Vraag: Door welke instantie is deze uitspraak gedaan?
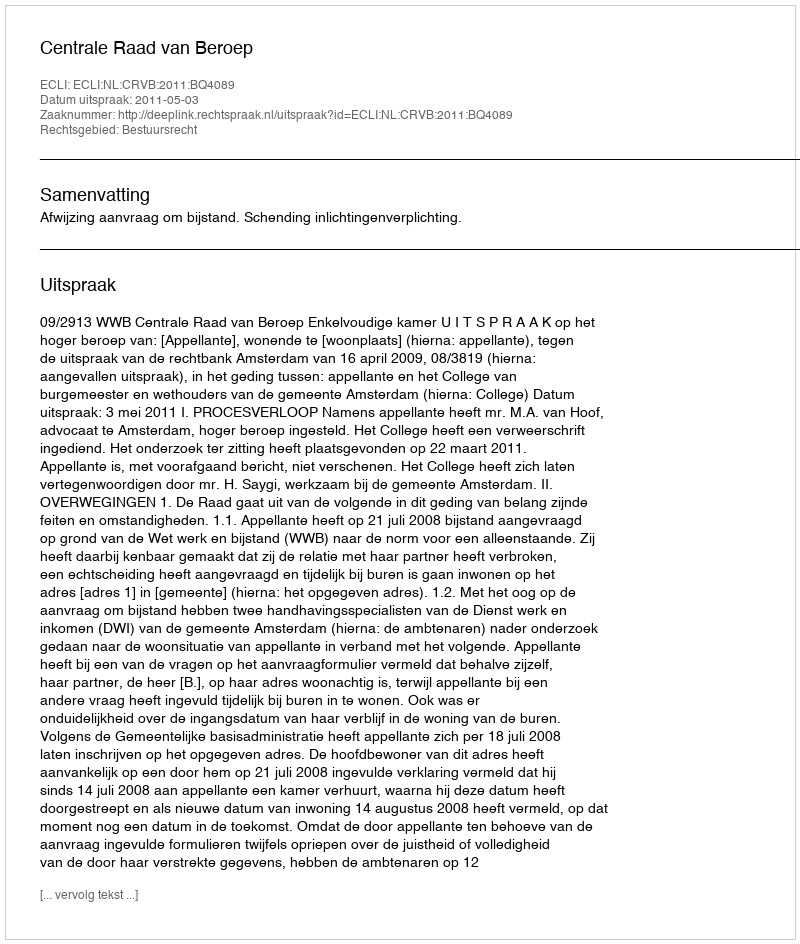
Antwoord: Centrale Raad van Beroep